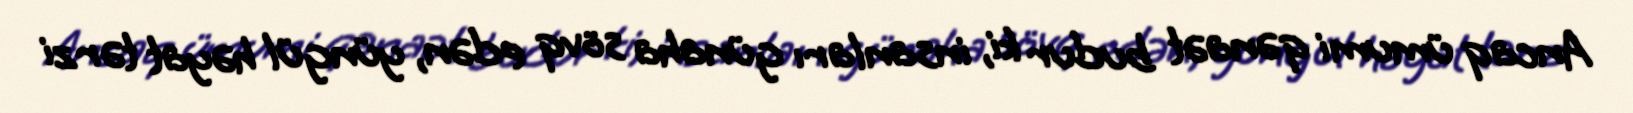
Ancaq ümumi qənaət budur ki, insanları günaha sövq edən, yüngül həyat tərzi